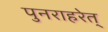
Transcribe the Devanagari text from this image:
पुनराहरेत्